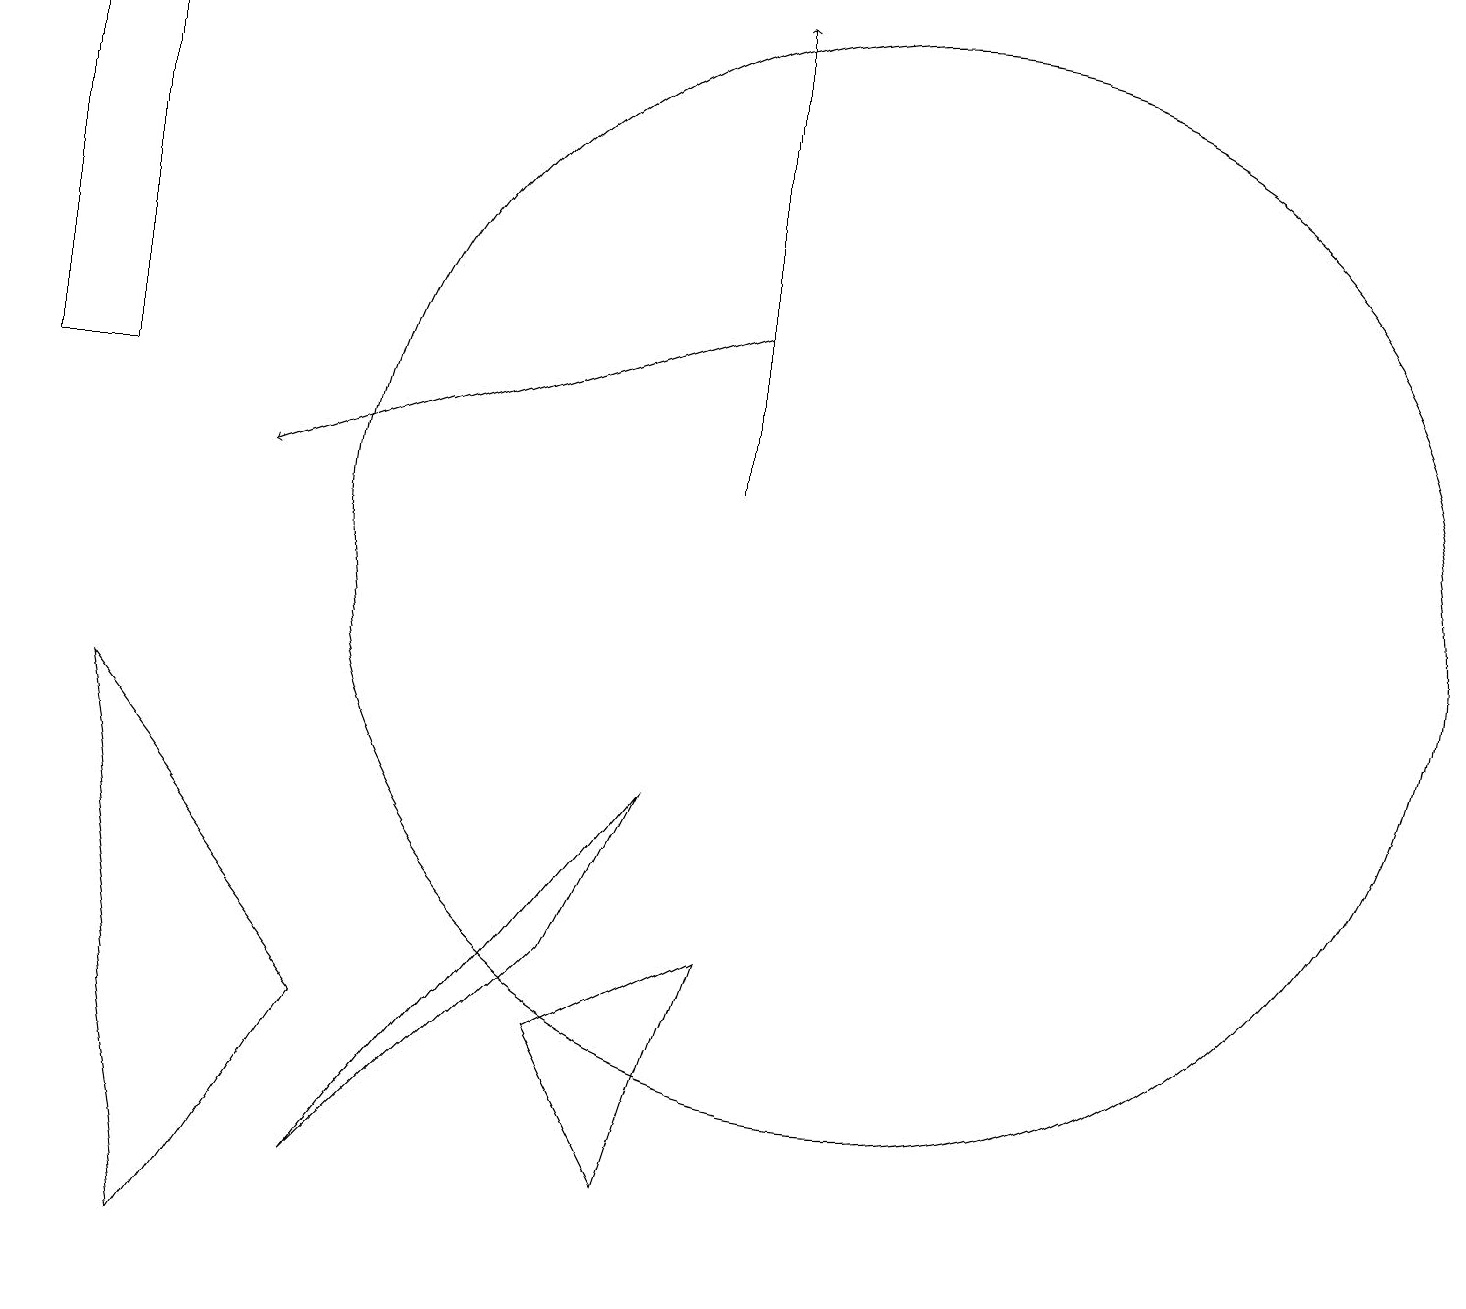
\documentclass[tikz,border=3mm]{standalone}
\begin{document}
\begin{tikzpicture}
\draw (2,1) -- (1,8) -- (4,4) -- cycle;
\draw[->] (9,13) -- (3,11);
\draw (8,7) -- (4,2) -- (7,5) -- cycle;
\draw[->] (9,11) -- (9,17);
\draw (1,17) rectangle (0,12);
\draw (10,11) circle (0);
\draw (11,10) circle (7);
\draw (9,5) -- (7,4) -- (8,2) -- cycle;
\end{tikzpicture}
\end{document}